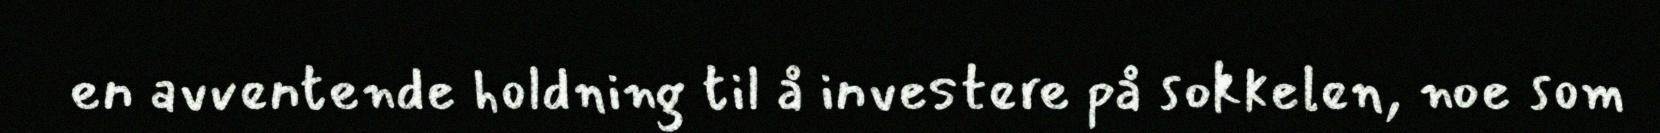
en avventende holdning til å investere på sokkelen, noe som